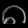
Digit: ၈